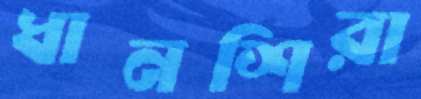
ধানশিরা